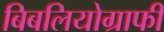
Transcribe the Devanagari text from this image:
बिबलियोग्राफी